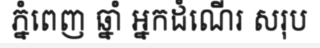
ភ្នំពេញ ឆ្នាំ អ្នកដំណើរ សរុប